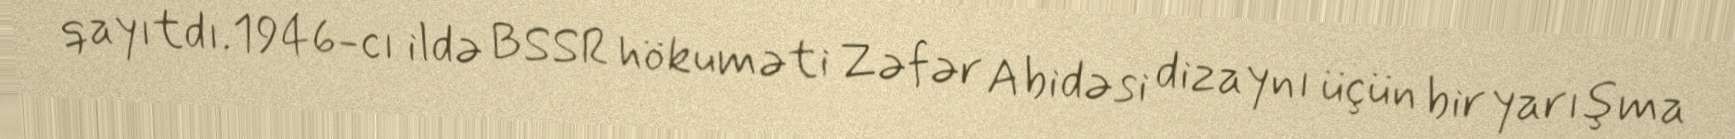
qayıtdı.1946-cı ildə BSSR hökuməti Zəfər Abidəsi dizaynı üçün bir yarışma